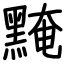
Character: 黤